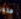
هذه